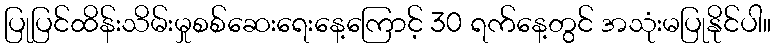
ပြုပြင်ထိန်းသိမ်းမှုစစ်ဆေးရေးနေ့ကြောင့် 30 ရက်နေ့တွင် အသုံးမပြုနိုင်ပါ။